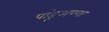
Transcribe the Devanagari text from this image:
पांडूअण्णा